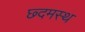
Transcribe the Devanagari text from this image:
छ्दमस्थ